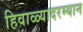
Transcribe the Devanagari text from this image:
हिवाळ्यादरम्यान